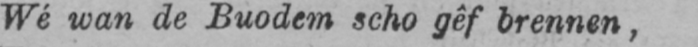
Wé wan de Buodem scho gêf brennen,